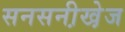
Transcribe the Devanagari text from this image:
सनसनी़खे़ज